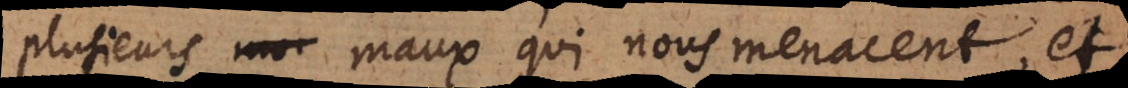
plusieurs maux qui nous menacent, et